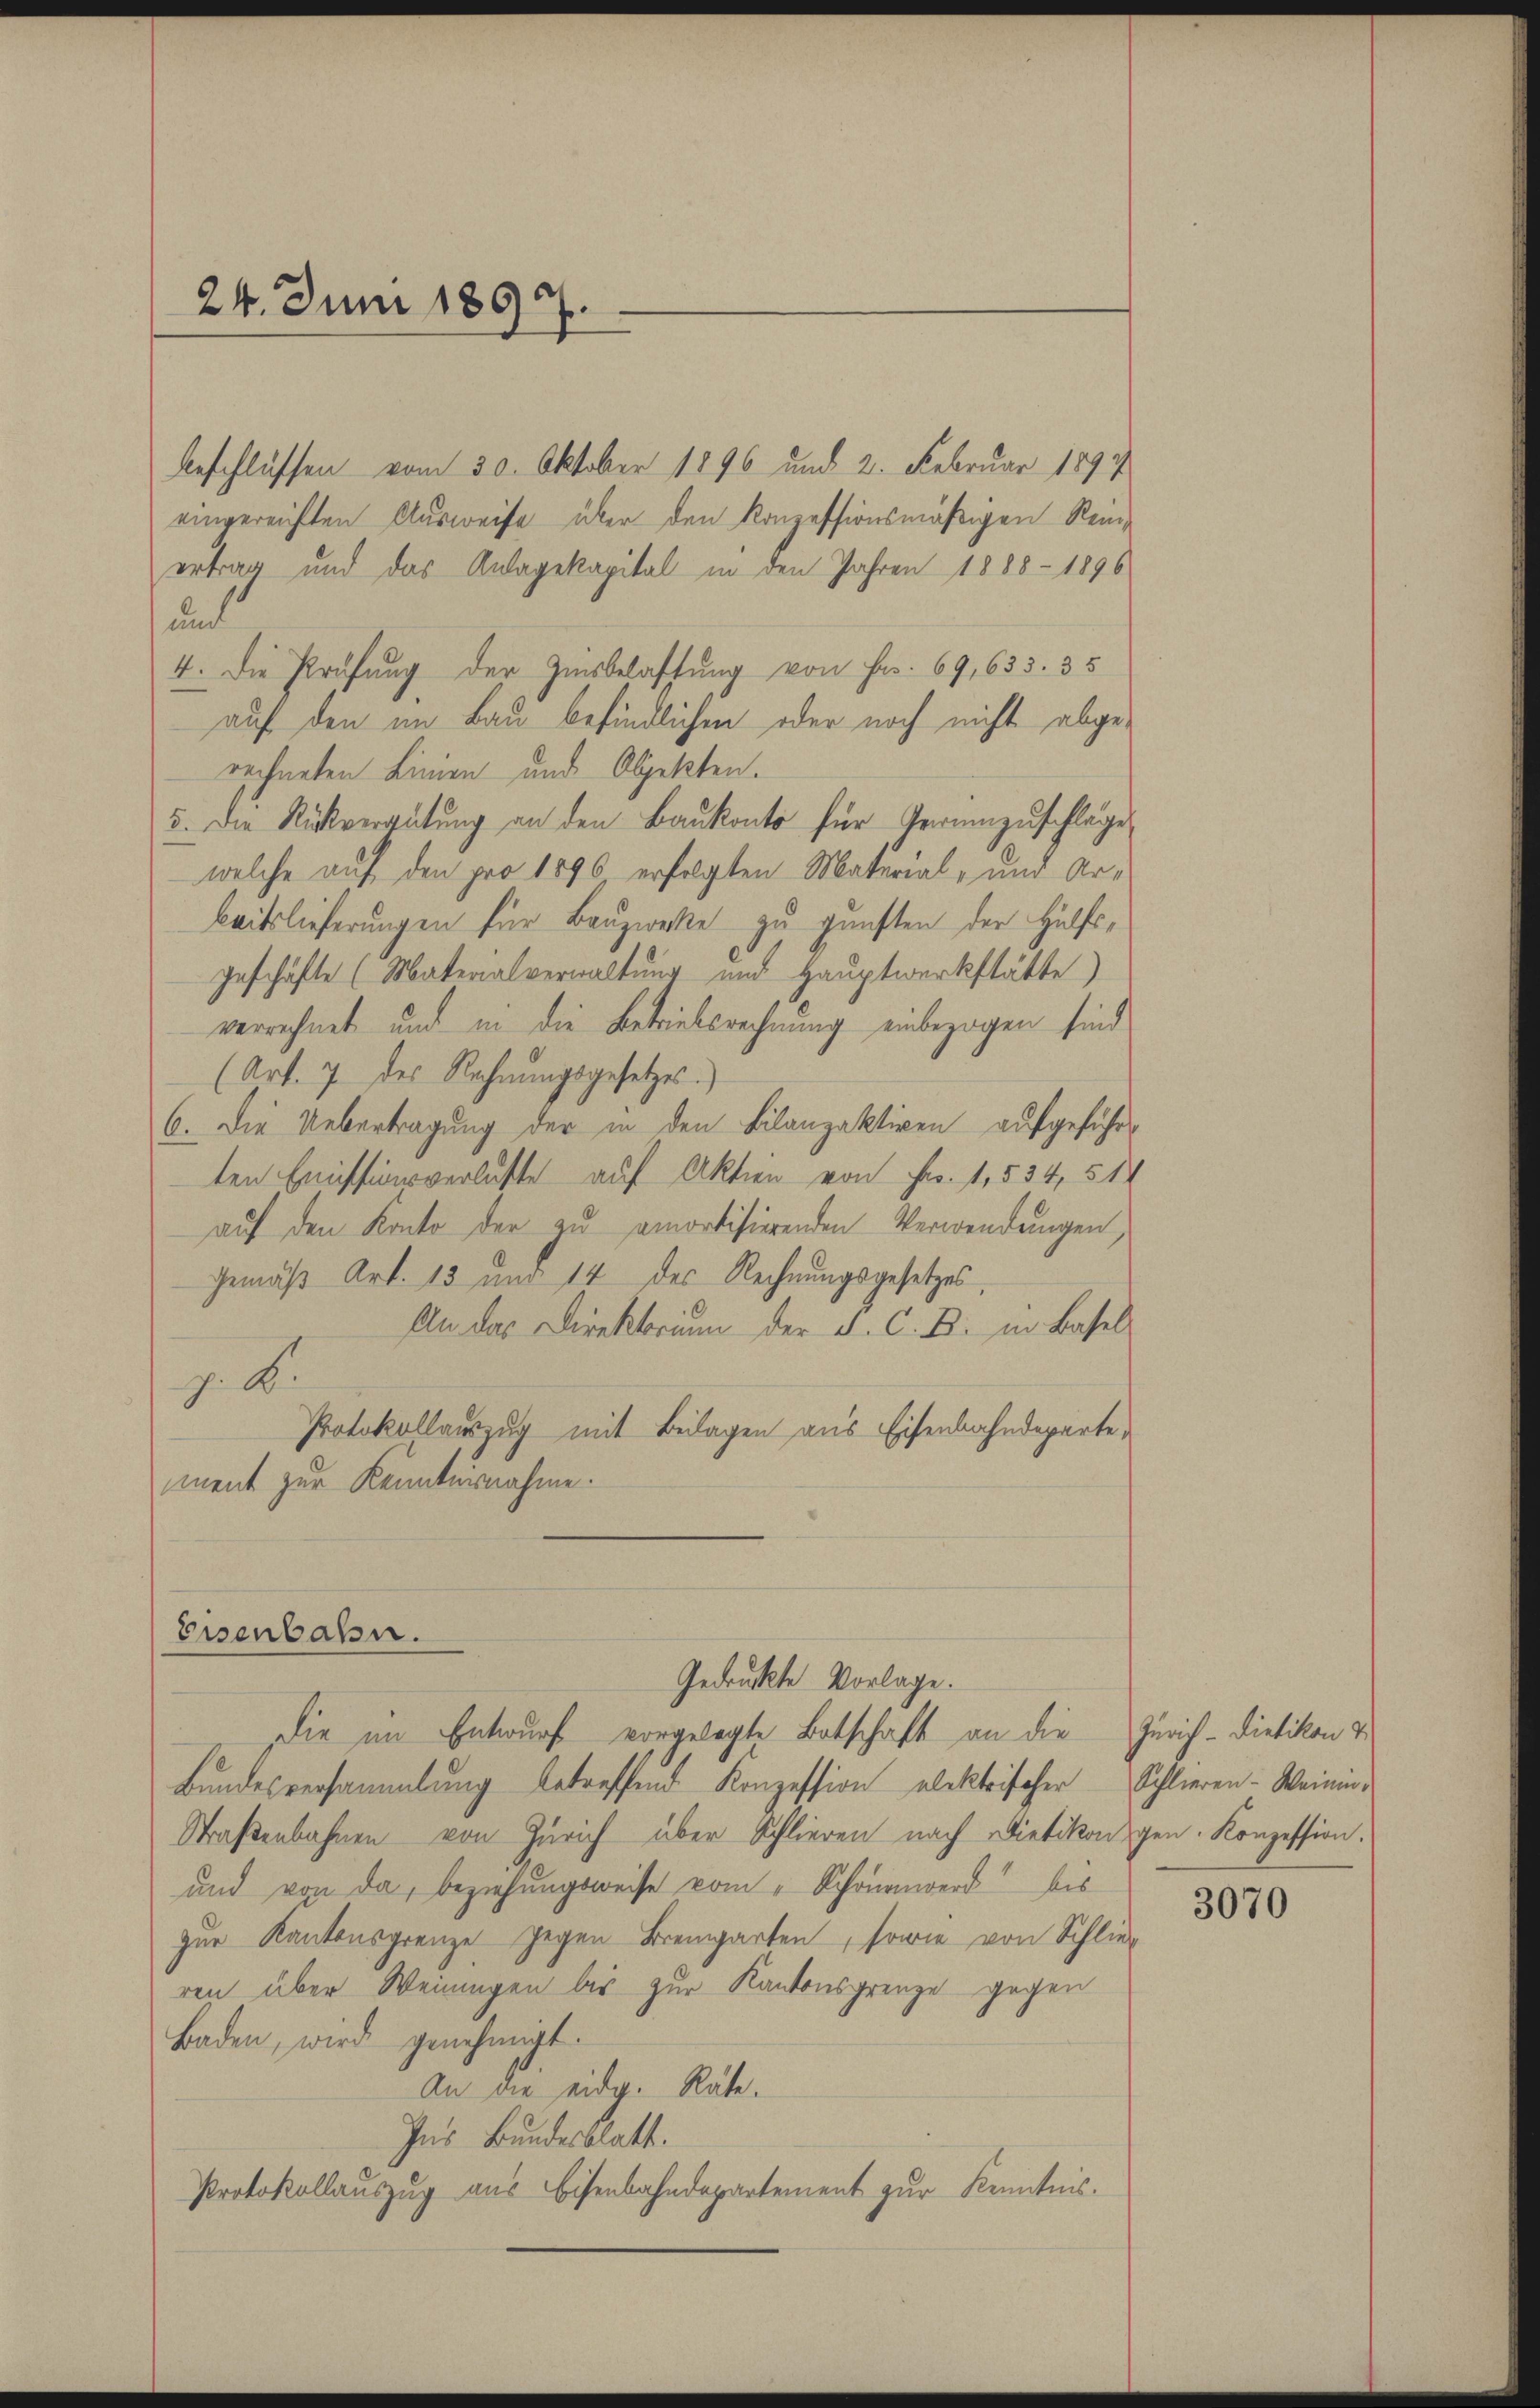
24. Juni 1897.
e

beschlüssen vom 30. Oktober 1896 und 2. Februar 1897
eingereichten Ausweise über den konzessionsmäßigen Reiertrag und das Anlagekapital in den Jahren 1888 - 1896
und
4. Die Prüfung der Zinsbelastung von Fr. 69,635. 35
auf den im Bau befindlichen oder noch nicht abge-
rechneten Linien und Objekten.
5. Die Rückvergütung an den Baukonto für Verumzuschläge
welche auf den pro 1896 erfolgten Material- und Arbeitslieferungen für Bauzwecke zu gunsten der Hülfsgeschäfte (Materialverwaltung und Hauptwerkstätte)
verrechnet und in die Betriebsrechnung einbezogen sind,
(Art. 7 des Rechnŭngsgesetzes.
6. Die Uebertragung der in den Bilanzaktiven aufgeführten Emissionsverluste auf Aktien von Fr. 1, 534, 514
auf den Konto der zu amortisierenden Verwendungen,
Gemäß Art. 13 und 14 des Rechnungsgesetzes
An das Direktorium der d. C. B. in Basel
z. B.
Protokollauszug mit Beilagen aus Eisenbahndeparte,
ment zur Kenntnisnahme.
Eisenbahn.
Gedruckte Vorlage.
Die im Entwurf vorgelegte Botschaft an die Zürich-Dietikon &
Bundesversammlung betreffend Konzession elektrischer Schlieren-Weinin¬
Straßenbahnen von Zürich über Schlieren nach Dietikon gen. Konzession:
und von da, beziehungsweise vom "Schonenwerd bis
zur Kantonsgrenze gegen Bremgarten, sowie von Schlie-
ren über Weiningen bis zur Kantonsgrenze gegen
Baden, wird genehmigt.
An die eid. Räte.
Ins Bundesblatt.
Protokollauszug aus Eisenbahndepartement zur Kenntnis.

3070